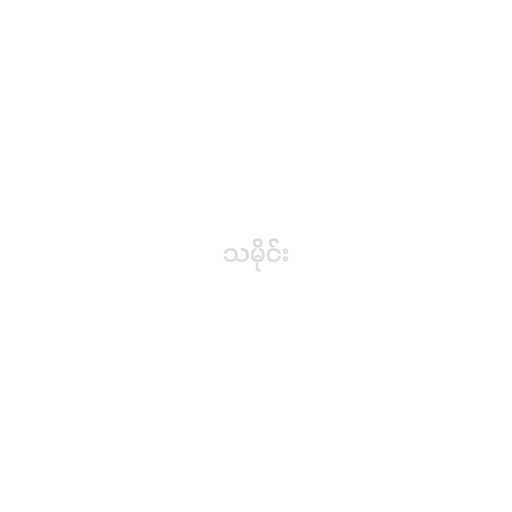
သမိုင်း